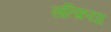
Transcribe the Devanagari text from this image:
सत्क्रिया